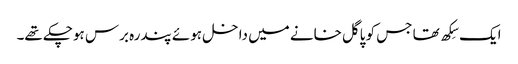
ایک سِکھ تھا جس کو پاگل خانے میں داخل ہوئے پندرہ برس ہوچکے تھے۔